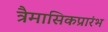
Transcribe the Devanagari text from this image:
त्रैमासिकप्रारंभ